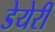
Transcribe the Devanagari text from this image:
डेयेरी